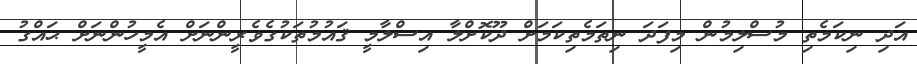
އަދި ނިކަމެތި މުސްލިމުން މިފަދަ ނިތަމެތިކަމަށް ދޫކޮށްލާ އިސްލާމީ ޤައުމުތަކުގެވެރީންނަށް އެމީހުންނަށް ޙައްގު